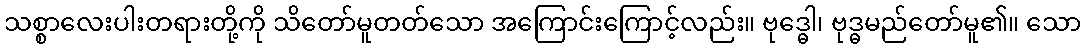
သစ္စာလေးပါးတရားတို့ကို သိတော်မူတတ်သော အကြောင်းကြောင့်လည်း။ ဗုဒ္ဓေါ၊ ဗုဒ္ဓမည်တော်မူ၏။ သော